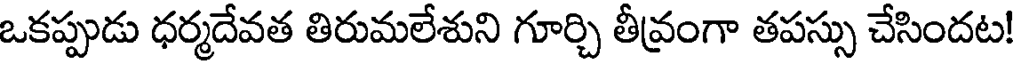
ఒకప్పుడు ధర్మదేవత తిరుమలేశుని గూర్చి తీవ్రంగా తపస్సు చేసిందట!